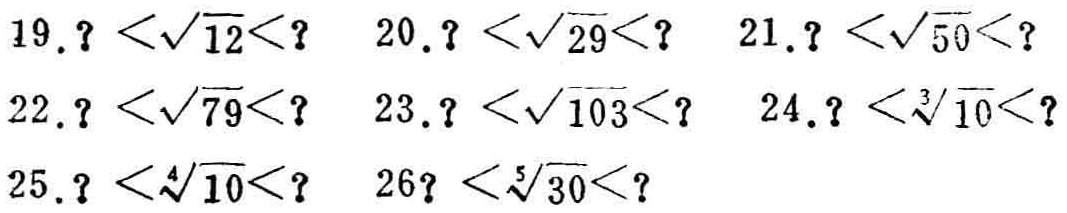
19. \(? <\sqrt{12}< ?\)  20. \(? <\sqrt{29}< ?\)  21. \(? <\sqrt{50}< ?\)
22. \(? <\sqrt{79}< ?\)  23. \(? <\sqrt{103}< ?\)  24. \(? <\sqrt[3]{10}< ?\)
25. \(? <\sqrt[4]{10}< ?\)  26. \(? <\sqrt[5]{30}< ?\)